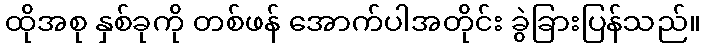
ထိုအစု နှစ်ခုကို တစ်ဖန် အောက်ပါအတိုင်း ခွဲခြားပြန်သည်။